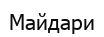
Майдари